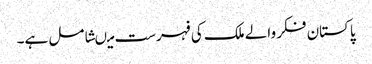
پاکستان فکر والے ملک کی فہرست میںشامل ہے۔